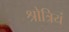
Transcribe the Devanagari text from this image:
श्रोत्रियं